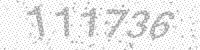
Solution: 111736